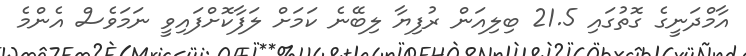
އާމްދަނީގެ ގޮތުގައި 21.5 ބިލިއަން ރުފިޔާ ލިބޭނެ ކަމަށް ލަފާކޮށްފައިވީ ނަމަވެސް އެންމެ